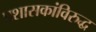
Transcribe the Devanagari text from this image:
प्रशासकांविरुद्ध